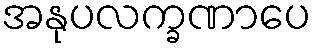
အနုပလက္ခဏာပေ